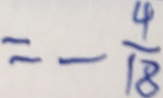
= - \frac { 4 } { 1 8 }